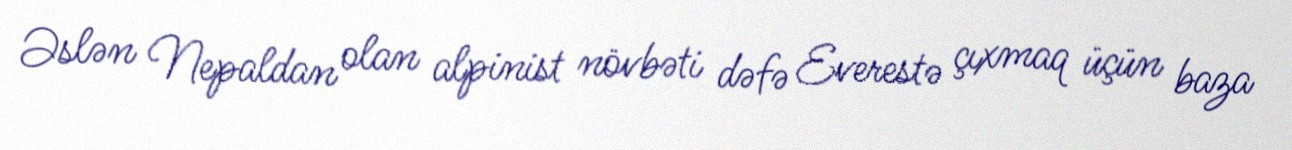
Əslən Nepaldan olan alpinist növbəti dəfə Everestə çıxmaq üçün baza